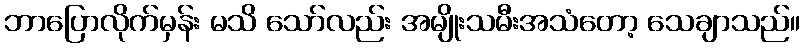
ဘာပြောလိုက်မှန်း မသိ သော်လည်း အမျိုးသမီးအသံတော့ သေချာသည်။